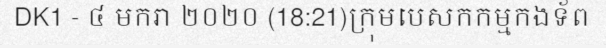
DK1 - ៤ មករា ២០២០ (18:21)ក្រុមបេសកកម្មកងទ័ព